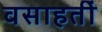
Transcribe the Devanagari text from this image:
वसाहतीं